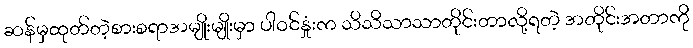
ဆန်မှထုတ်တဲ့စားစရာအမျိုးမျိုးမှာ ပါဝင်နှုံးက သိသိသာသာတိုင်းတာလို့ရတဲ့ အတိုင်းအတာကို